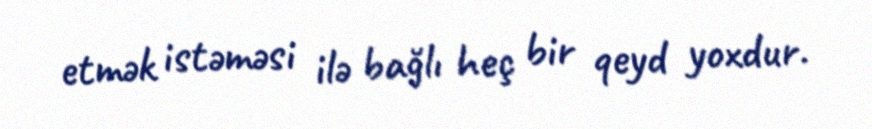
etmək istəməsi ilə bağlı heç bir qeyd yoxdur.